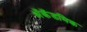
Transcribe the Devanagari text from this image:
अॅकॅडमिक